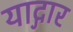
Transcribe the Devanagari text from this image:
याद्गार